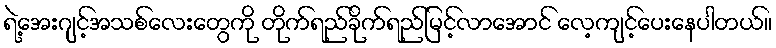
ရဲ့အေးဂျင့်အသစ်လေးတွေကို တိုက်ရည်ခိုက်ရည်မြင့်လာအောင် လေ့ကျင့်ပေးနေပါတယ်။